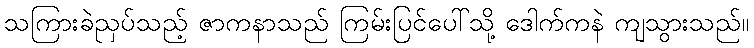
သကြားခဲညှပ်သည့် ဇာကနာသည် ကြမ်းပြင်ပေါ်သို့ ဒေါက်ကနဲ ကျသွားသည်။